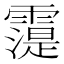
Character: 𲊈